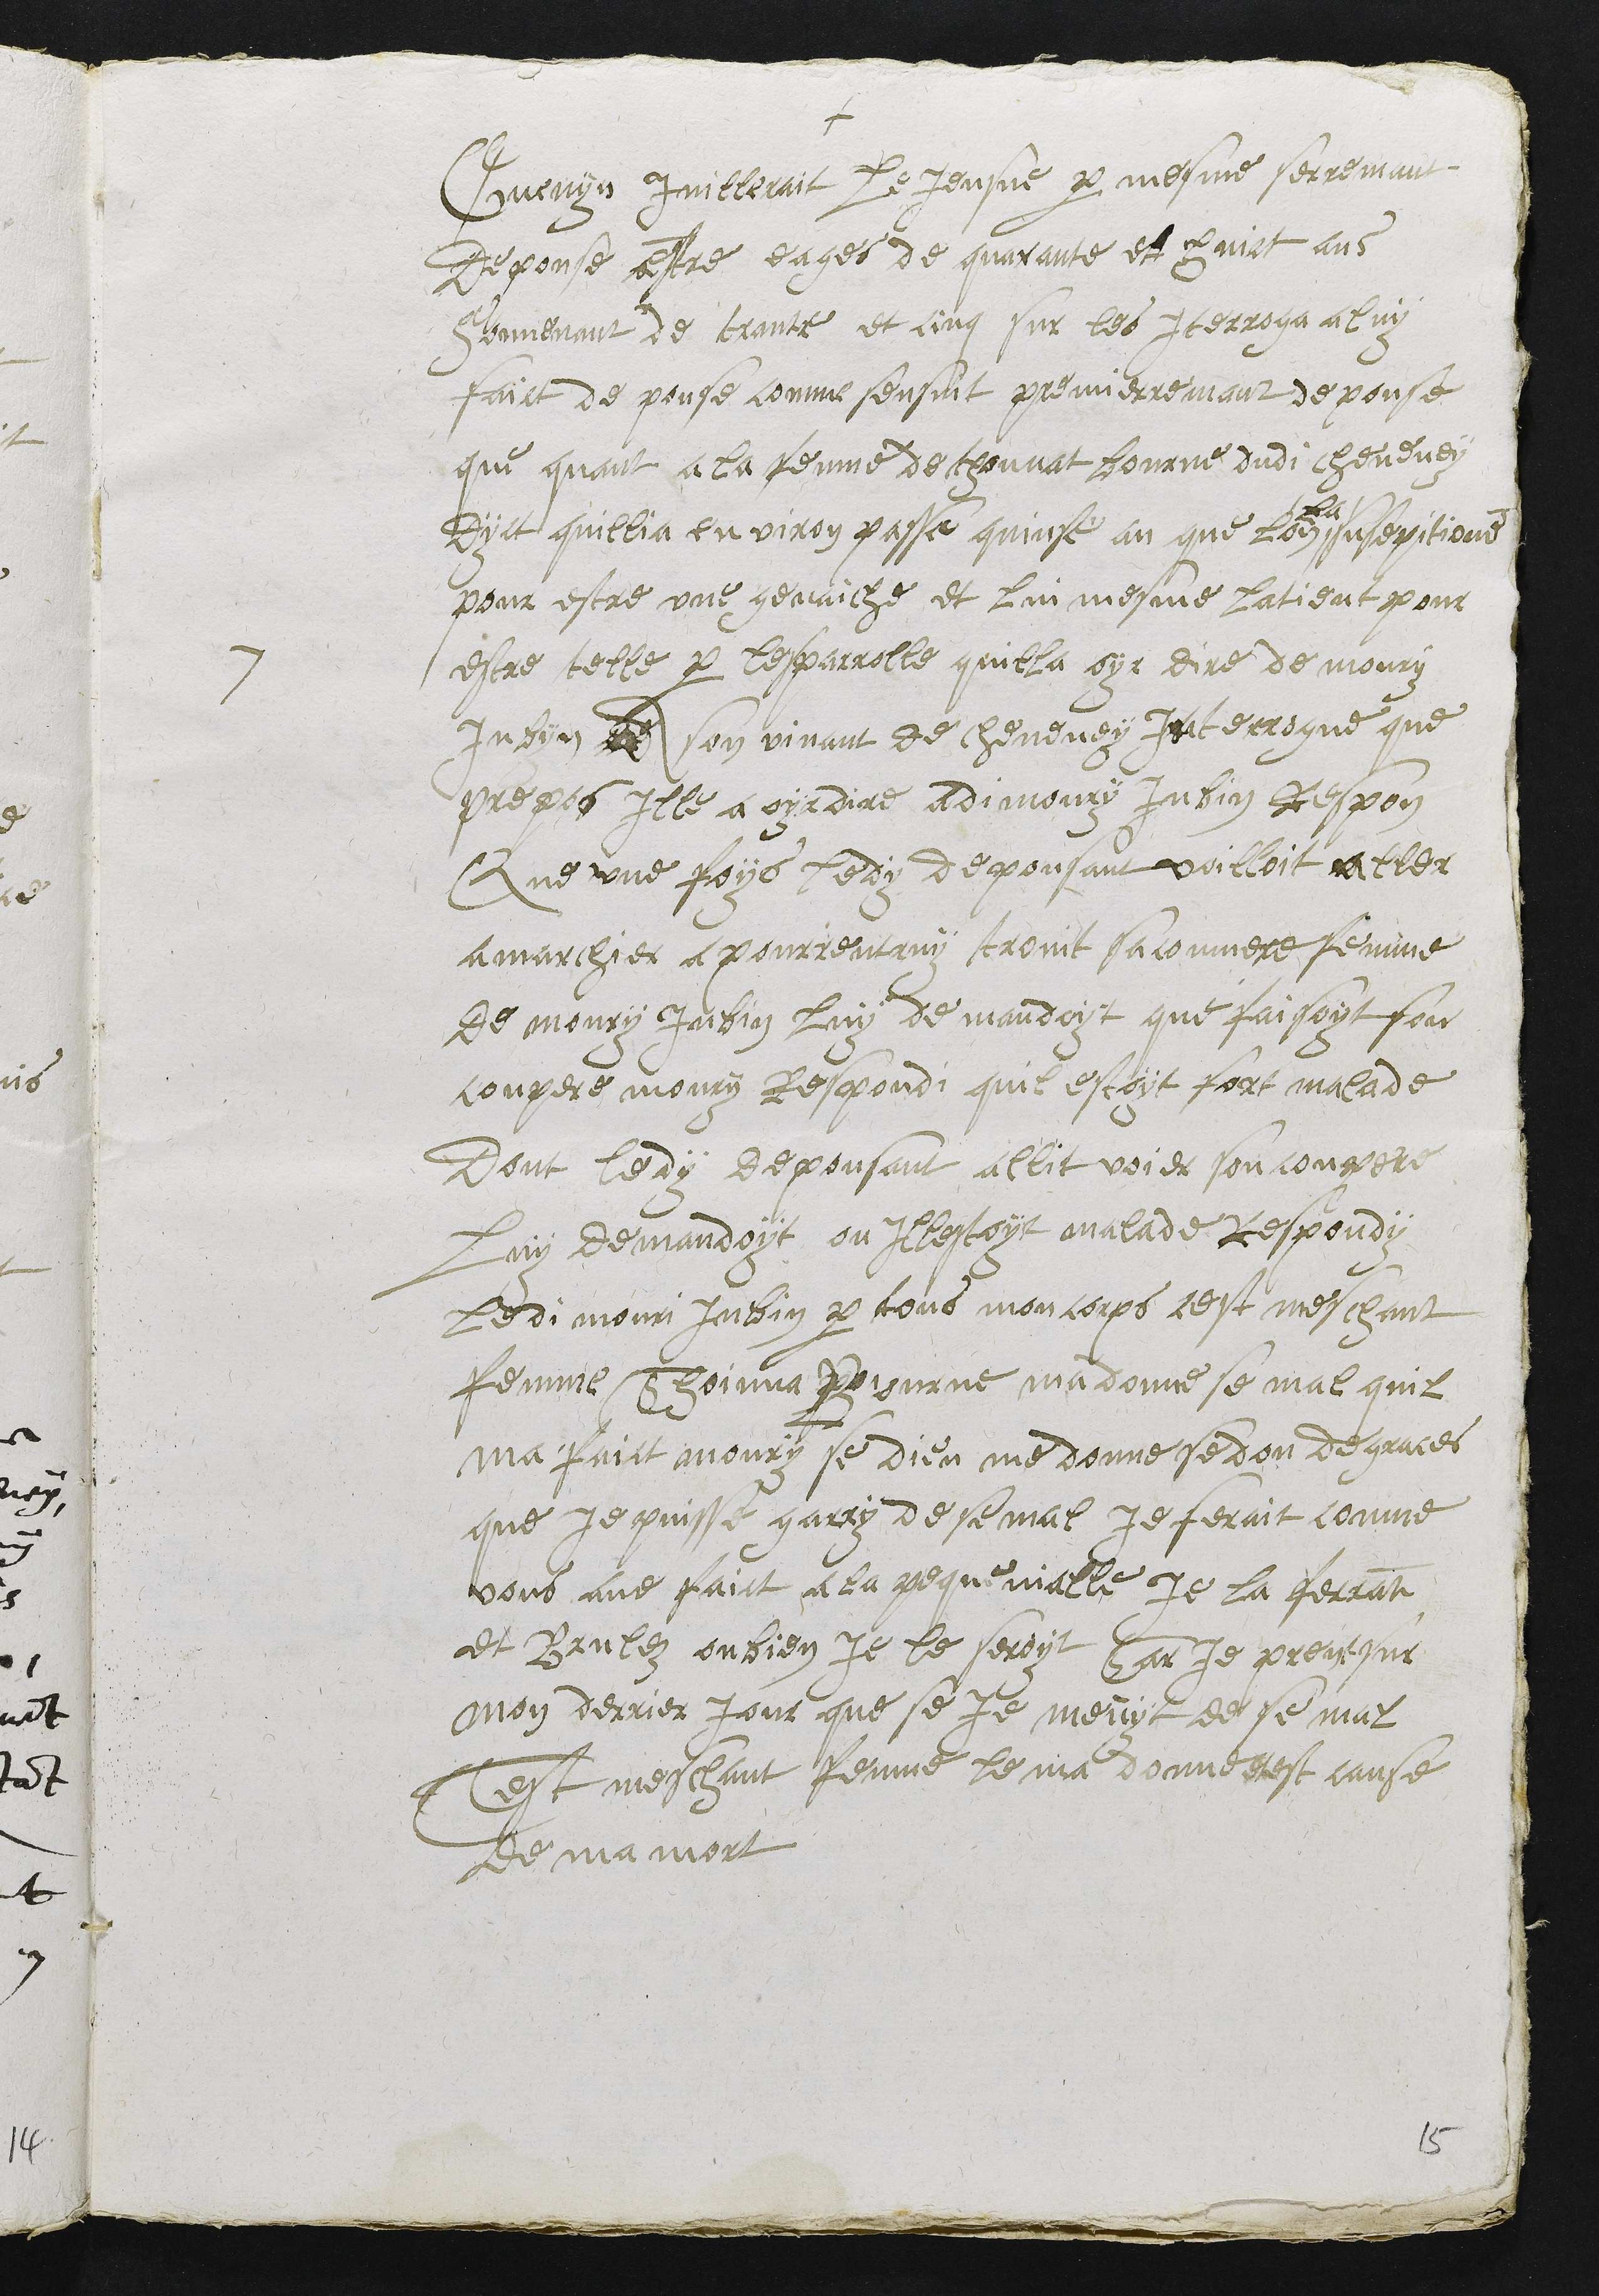
+
7
Guenyn Juillerait le Jeusne par mesme serremant
depouse estre eages de quarante et huict ans
souvenant de trante et cinq sur les Interroga a luy
faict de pouse comme sensuit premierremant depouse
que quant a la femme de thonnat bourne dudit cheveney
dyct quillia environ passe quinse an que lon
la
susepitione
pour estre une genaiche et lui mesme latient pour
estre telle par lesparrolle quilla oyr dire de moury
Jubyn a son vivant de cheveney Interrogue que
prepos Ille a oyr dire adi moury Jubin Respon
Que une foys ledy depousant voilloit aller
a marchier a pourrentruy trovit sa conmere femme
de moury Jubin luy demandoyt que faisoyt son
conpere moury Respondi quil estoyt fort malade
Dont ledy depousant allit voier son conpere
luy demandoyt ou illestoyt malade respondy
ledi mouri Jubin par tous mon corps cest meschant
femme Thoinna Bourne ma donne se mal quil
ma faict moury se dieu me donne se don de graces
que je puisse garry de se mal Je ferait conme
vous ave faict a la pequenialle je la ferrant
et brulez ou bien je le seroyt Car je prent sur
mon derrier jour que se je meuyt de se mal
Cest meschant femme le ma donne et est cause
de ma mort

15